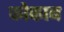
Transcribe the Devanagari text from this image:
कोकाब